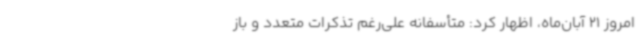
امروز 21 آبان‌ماه، اظهار کرد: متأسفانه علی‌رغم تذکرات متعدد و باز